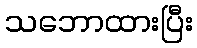
သဘောထားပြီး